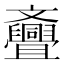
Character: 斖